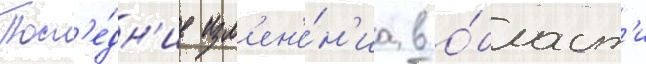
Посл'е́дн'ие изм'ен'е́н'иа в о́бласт'и